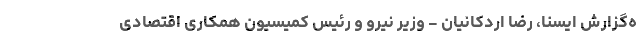
ه‌گزارش ایسنا، رضا اردکانیان - وزیر نیرو و رئیس کمیسیون همکاری اقتصادی